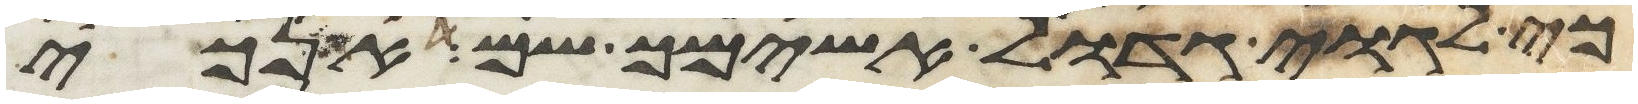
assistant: כי לגוי גדול אשימך שם אנכי